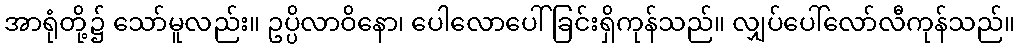
အာရုံတို့၌ သော်မူလည်း။ ဥပ္ပိလာဝိနော၊ ပေါလောပေါ်ခြင်းရှိကုန်သည်။ လျှပ်ပေါ်လော်လီကုန်သည်။